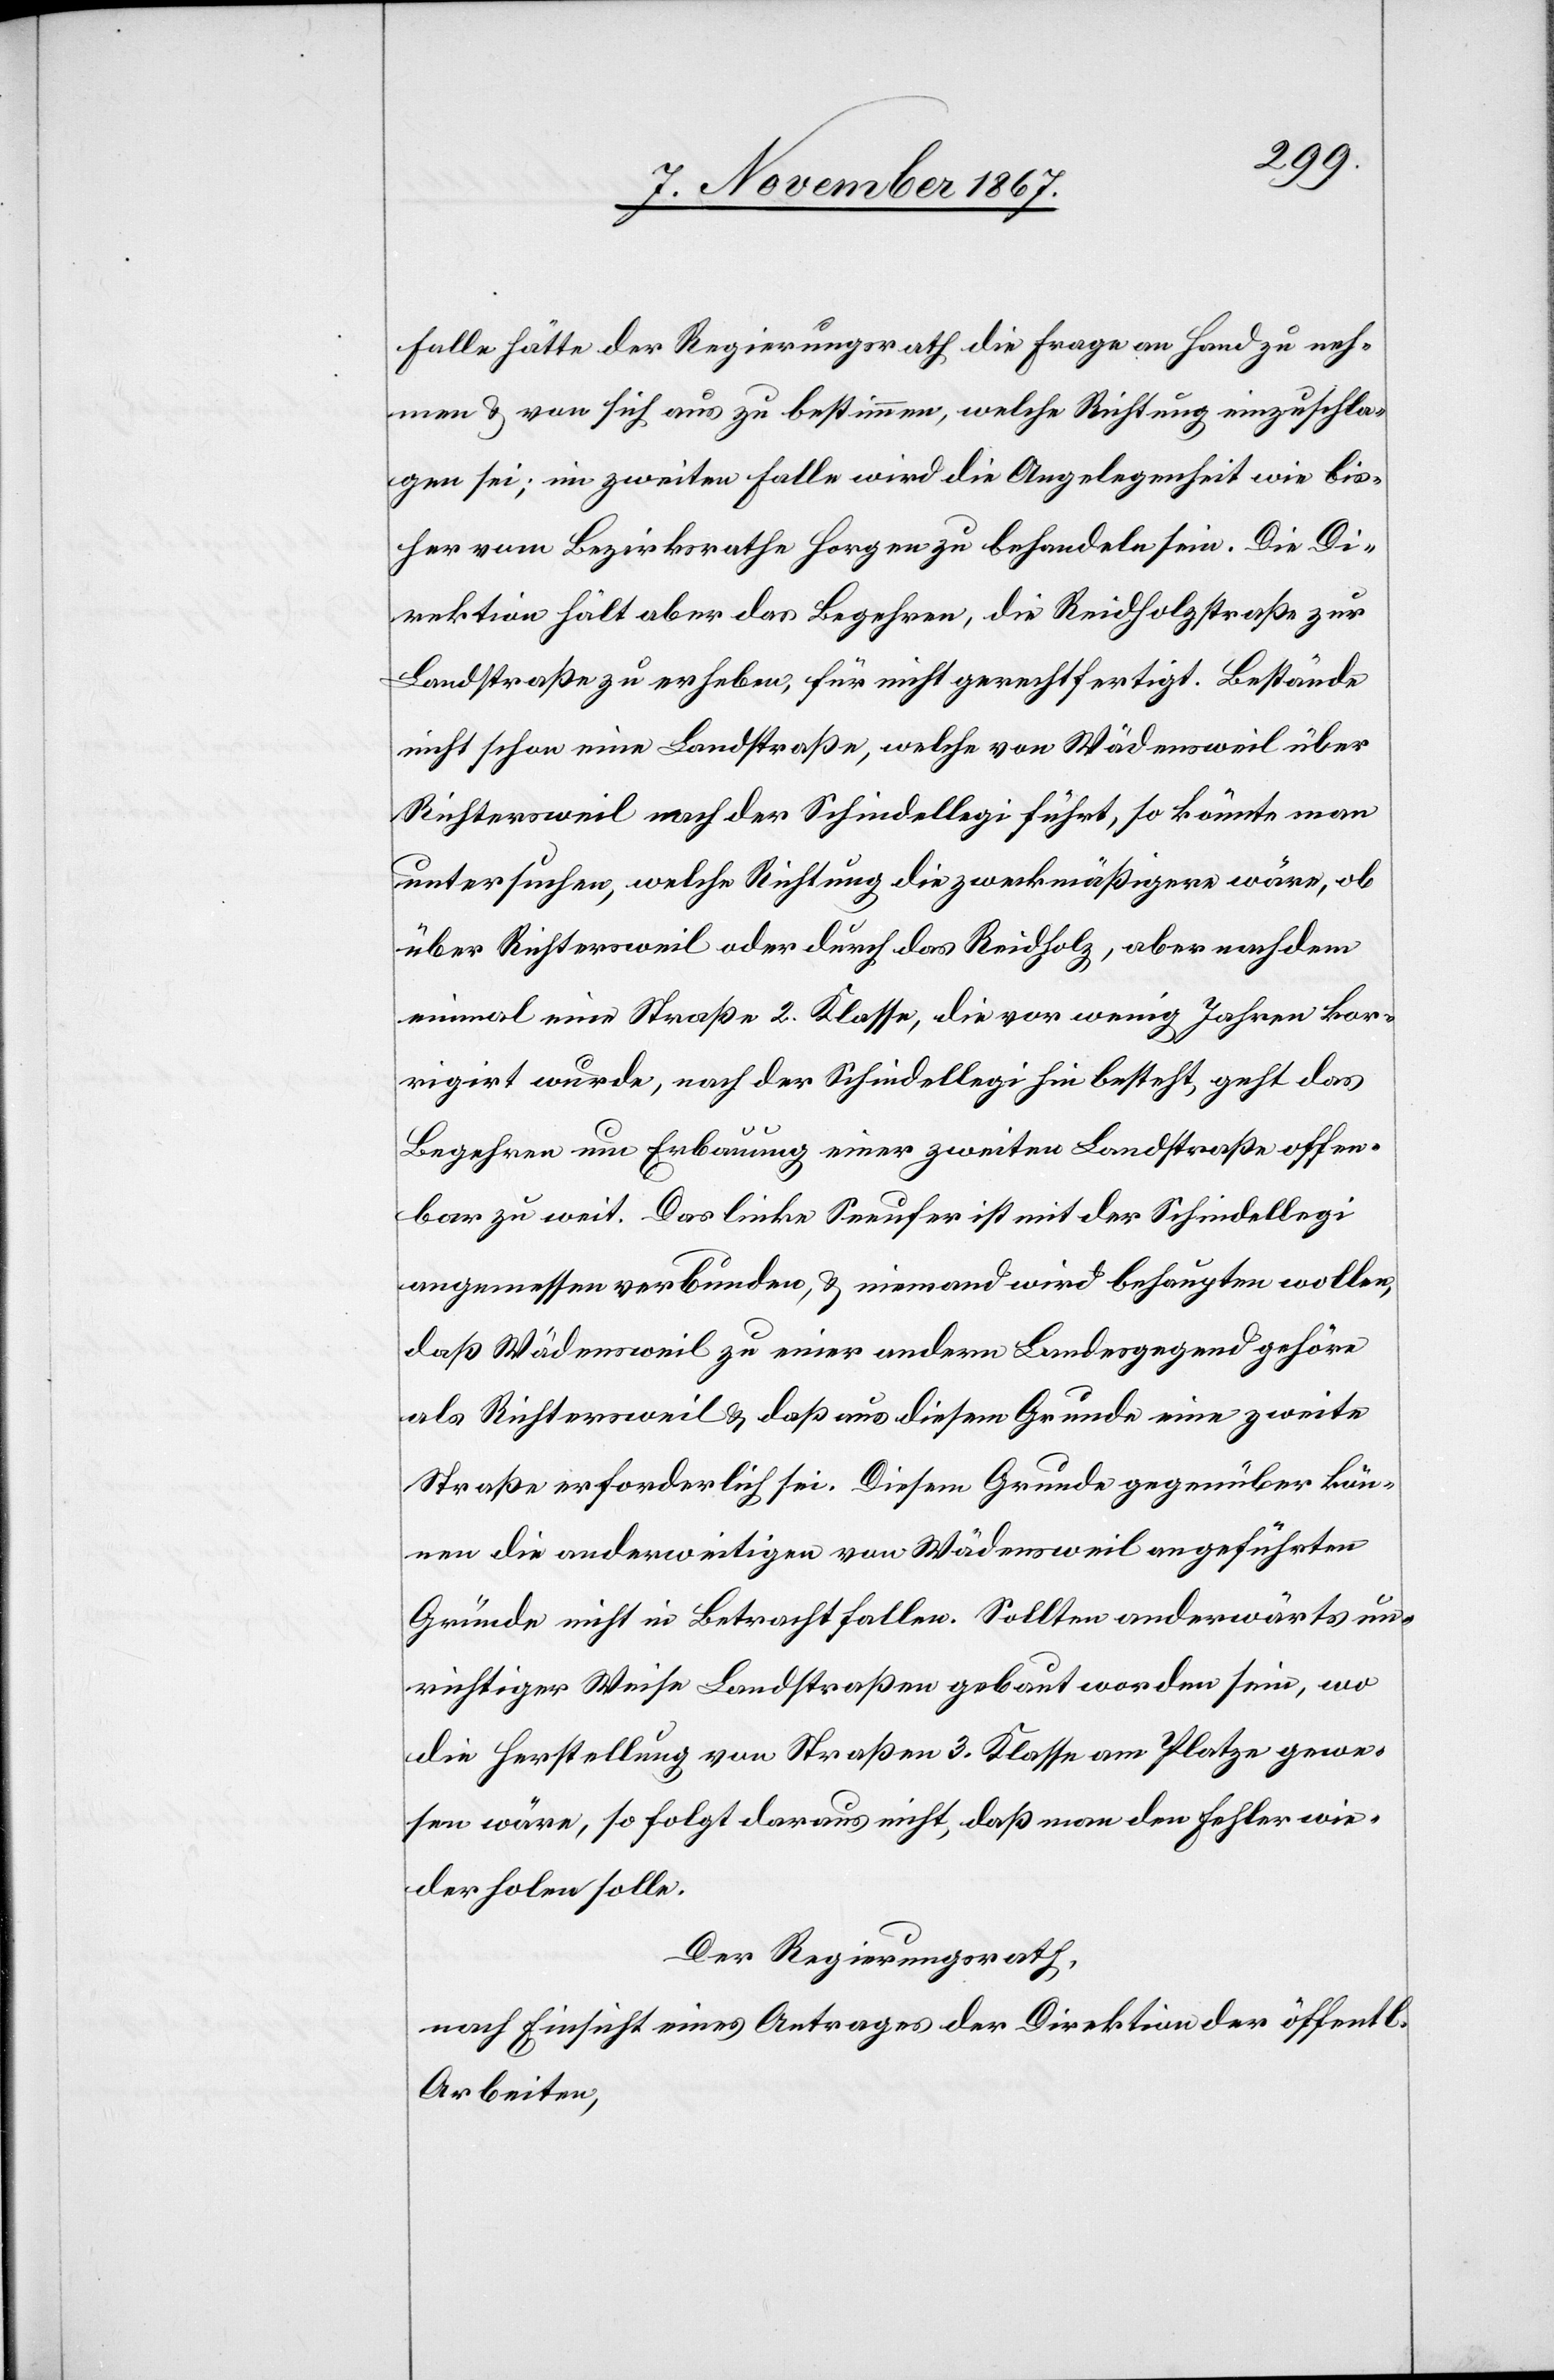
Falle hätte der Regierungsrath die Frage an Hand zu neh¬
men u. von sich aus zu bestimmen, welche Richtung einzuschla¬
gen sei; im zweiten Falle wird die Angelegenheit wie bis¬
her vom Bezirksrathe Horgen zu behandeln sein. Die Di¬
rektion hält aber das Begehren, die Reidholzstraße zur
Landstraße zu erheben, für nicht gerechtfertigt. Bestände
nicht schon eine Landstraße, welche von Wädensweil über
Richtersweil nach der Schindellegi führt, so könnte man
untersuchen, welche Richtung die zweckmäßigste wäre, ob
über Richtersweil oder durch das Reidholz, aber nachdem
einmal eine Straße 2. Klasse, die vor wenig Jahren kor¬
rigirt wurde, nach der Schindellegi hin besteht, geht das
Begehren um Erbauung einer zweiten Landstraße offen¬
bar zu weit. Das linke Seeufer ist mit der Schindellegi
angemessen verbunden, u. niemand wird behaupten wollen,
daß Wädensweil zu einer andern Landesgegend gehöre,
als Richtersweil u. daß aus diesem Grunde eine zweite
Straße erforderlich sei. Diesem Grunde gegenüber kön¬
nen die anderweitigen von Wädensweil angeführten
Grunde nicht in Betracht fallen. Sollten anderwärts un¬
richtiger Weise Landstraßen gebaut worden sein, wo
die Herstellung von Straßen 3. Klasse am Platze gewe¬
sen wäre, so folgt daraus nicht, daß man den Fehler wie¬
derholen solle.
Der Regierungsrath,
nach Einsicht eines Antrages der Direktion der öff.
Arbeiten,